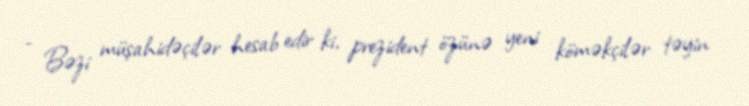
- Bəzi müşahidəçilər hesab edir ki, prezident özünə yeni köməkçilər təyin